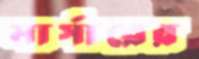
মার্সারের